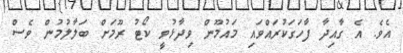
އެވެ. އެ ގާއިދާ ފާހަގަކުރައްވައި މައުމޫން ވިދާޅުވީ ކޯޓު ރޫމަށް ބަލާލުމުން ވެސް